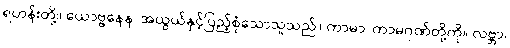
ရဟန်းတို့။ ယောဗ္ဗနေန၊ အယွယ်နှင့်ပြည့်စုံသောသူသည်။ ကာမာ၊ ကာမဂုဏ်တို့ကို။ လဗ္ဘာ၊